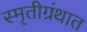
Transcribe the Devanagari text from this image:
स्मृतीग्रंथात